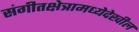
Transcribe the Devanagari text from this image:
संगीतक्षेत्रामध्येदेखील